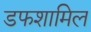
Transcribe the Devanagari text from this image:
डफशामिल